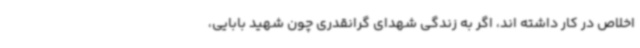
اخلاص در کار داشته اند، اگر به زندگی شهدای گرانقدری چون شهید بابایی،